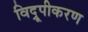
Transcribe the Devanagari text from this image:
विद्रूपीकरण